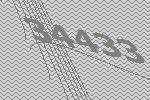
34433